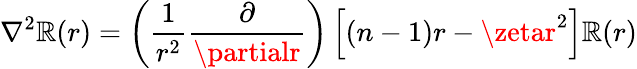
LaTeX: \nabla^{2}\mathbb{R}(r)=\left({\frac{{1}}{{r^{2}}}}{\frac{{\partial}}{{\partialr}}}\right)\left[(n-1)r-\zetar^{2}\right]\mathbb{R}(r)